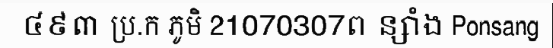
៤៩៣ ប្រ.ក ភូមិ 21070307ព ន្សាំង Ponsang